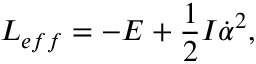
L _ { e f f } = - E + \frac { 1 } { 2 } { \cal I } \dot { \alpha } ^ { 2 } ,